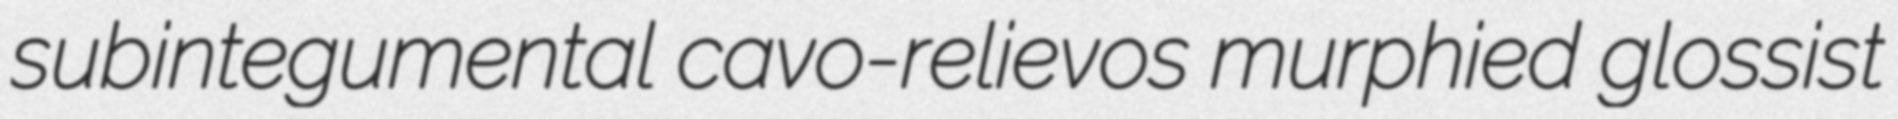
subintegumental cavo-relievos murphied glossist